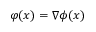
\varphi ( x ) = \nabla \phi ( x )